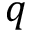
q